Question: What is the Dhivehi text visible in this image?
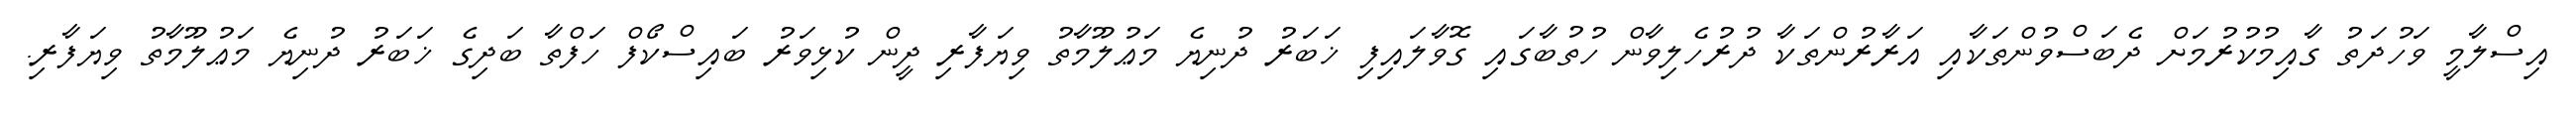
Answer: އިސްލާމީ ވަހުދަތު ގާއިމުކުރުމަށް ދެބަސްވުންތަކާއި އަރާރުންތަކާ ދުރުހެލިވާން ހުތުބާގައި ގޮވާލައިފި ޚަބަރު ދުނިޔެ މަޢުލޫމާތު ވިޔަފާރި ދީން ކުޅިވަރު ބައިސްކޯފް ހަފްތާ ބަދިގެ ޚަބަރު ދުނިޔެ މަޢުލޫމާތު ވިޔަފާރި.